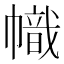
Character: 幟